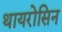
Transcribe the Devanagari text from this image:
थायरोसिन